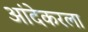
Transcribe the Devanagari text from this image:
आंदेकरला